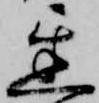
遅